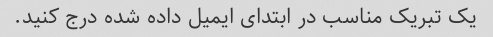
یک تبریک مناسب در ابتدای ایمیل داده شده درج کنید.